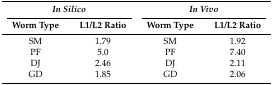
<table><thead><tr><td colspan="2"><b><i>In Silico</i></b></td><td colspan="2"><b><i>In Vivo</i></b></td></tr><tr><td><b>Worm Type</b></td><td><b>L1/L2 Ratio</b></td><td><b>Worm Type</b></td><td><b>L1/L2 Ratio</b></td></tr></thead><tbody><tr><td>SM</td><td>1.79</td><td>SM</td><td>1.92</td></tr><tr><td>PF</td><td>5.0</td><td>PF</td><td>7.40</td></tr><tr><td>DJ</td><td>2.46</td><td>DJ</td><td>2.11</td></tr><tr><td>GD</td><td>1.85</td><td>GD</td><td>2.06</td></tr></tbody></table>